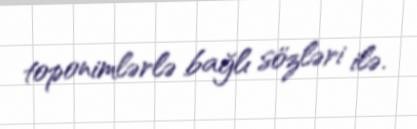
toponimlərlə bağlı sözləri ilə.